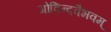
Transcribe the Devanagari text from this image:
गोविन्दवैभवम्